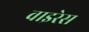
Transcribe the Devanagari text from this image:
वाइरेस